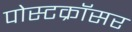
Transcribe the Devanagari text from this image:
पोस्टक्रॉसर